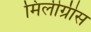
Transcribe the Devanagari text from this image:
मिलीग्रीस